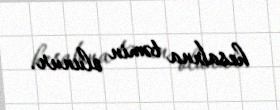
hesabına təmin olunur.